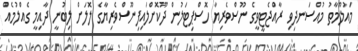
މައުލޫމާތު މުއްސަނދިވި ރާއްޖެޓީވީގެ ނޫސްވެރިޔާ ހޮސްޕިޓަލުން ދޫކޮށްލައިފިނޫސްވެރިޔާގެ ލޮލަށް ލިބުނީ ދާއިމީ ގެއްލުމެއް